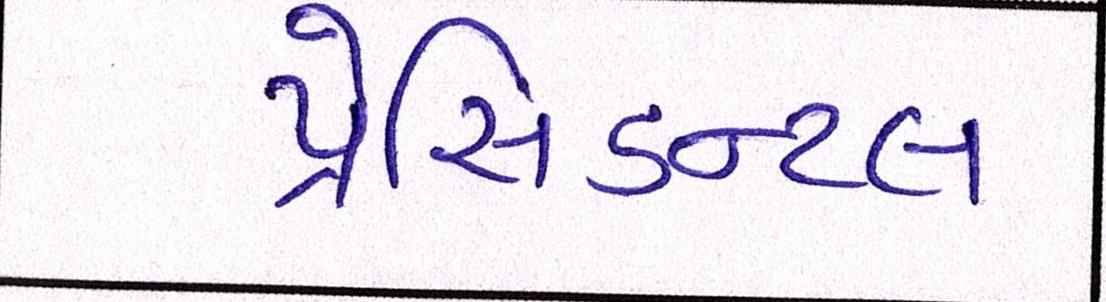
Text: પ્રેસિડન્ટલ